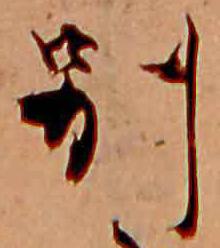
別